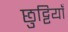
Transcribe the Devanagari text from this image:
छुट्टियाँ